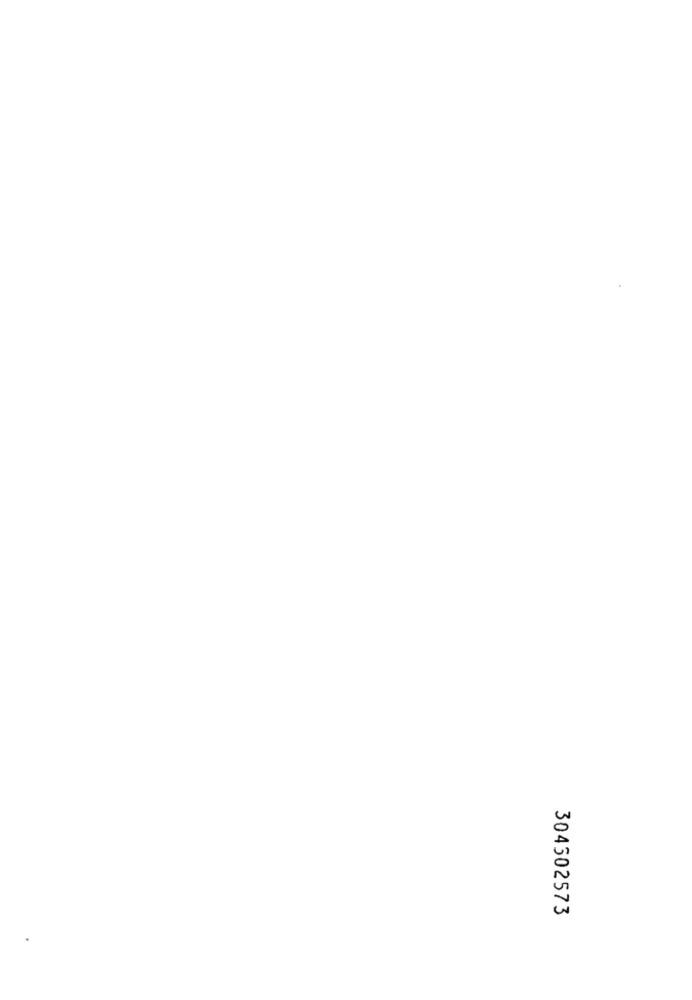
304502573